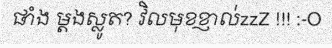
ផាំង ម្តងស្លូត? វិលមុខខ្ញាល់zzZ !!! :-O